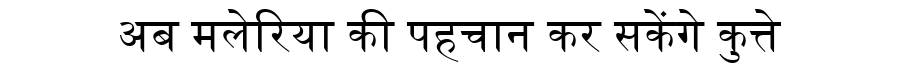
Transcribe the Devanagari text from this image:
अब मलेरिया की पहचान कर सकेंगे कुत्ते